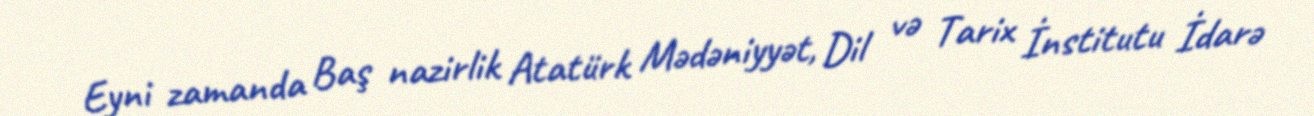
Eyni zamanda Baş nazirlik Atatürk Mədəniyyət, Dil və Tarix İnstitutu İdarə